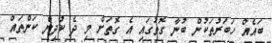
ބައެއް ހަބަރުތަކުން ބުނާ ގޮތުގައި އެ ގޮތަށް މި ދެ ކުދިން ކަންތައް